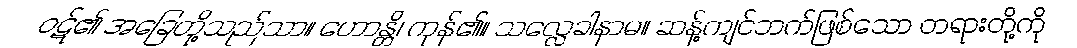
ဝဋ်၏ အခြေတို့သည်သာ။ ဟောန္တိ၊ ကုန်၏။ သလ္လေခါနာမ။ ဆန့်ကျင်ဘက်ဖြစ်သော တရားတို့ကို